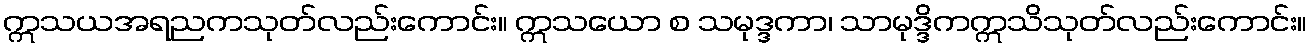
ဣသယအရညကသုတ်လည်းကောင်း။ ဣသယော စ သမုဒ္ဒကာ၊ သာမုဒ္ဒိကဣသိသုတ်လည်းကောင်း။